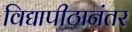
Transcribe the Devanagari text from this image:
विद्यापीठानंतर